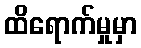
ထိရောက်မှုမှာ